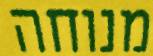
מנוחה